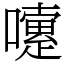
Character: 嚔